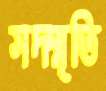
সদ্স্মৃতি